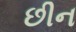
છીન